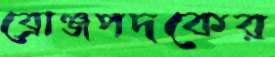
ব্রোঞ্জপদকের